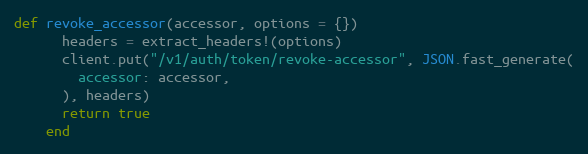
Language: Ruby
def revoke_accessor(accessor, options = {})
      headers = extract_headers!(options)
      client.put("/v1/auth/token/revoke-accessor", JSON.fast_generate(
        accessor: accessor,
      ), headers)
      return true
    end